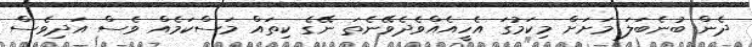
ދެން ބުނެބަލަ މަށަށް މިކަމުގަ އެހީއެއްވެދެވޭނެތަ ނޭގެ ކިތައް މަސްކަމެއް ވެސް އަދިވެސް